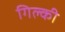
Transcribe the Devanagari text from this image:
गिल्की